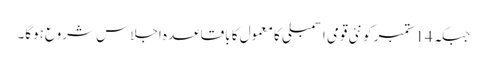
جبکہ 14 ستمبر کو نئی قومی اسمبلی کا معمول کا باقاعدہ اجلاس شروع ہوگا۔